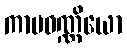
ကာမဝဏ္ဏိယော